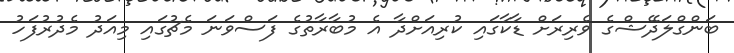
ބަންގްލަދޭޝްގެ ވެރިރަށް ޑާކާގައި ކުރިއަށްދާ އެ މުބާރާތުގެ ފަސްވަނަ މެޗުގައި މިއަދު މެދުރުފަހު